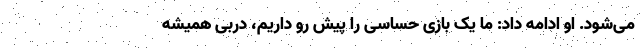
می‌شود. او ادامه داد: ما یک بازی حساسی را پیش رو داریم، دربی همیشه